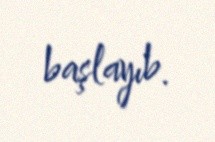
başlayıb.